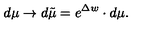
d \mu \rightarrow d \tilde { \mu } = e ^ { \Delta w } \cdot d \mu .